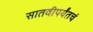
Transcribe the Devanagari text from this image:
सातवीपर्यंतचं